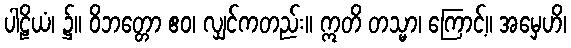
ပါဠိယံ၊ ၌။ ဝိဘတ္တော ဧဝ၊ လျှင်ကတည်း။ ဣတိ တသ္မာ၊ ကြောင့်။ အမှေဟိ၊